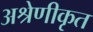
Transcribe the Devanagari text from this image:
अश्रेणीकृत